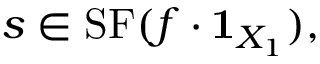
s \in \mathrm { { S F } } ( f \cdot { \mathbf { 1 } } _ { X _ { 1 } } ) ,